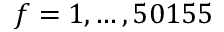
f = 1 , \ldots , 5 0 1 5 5